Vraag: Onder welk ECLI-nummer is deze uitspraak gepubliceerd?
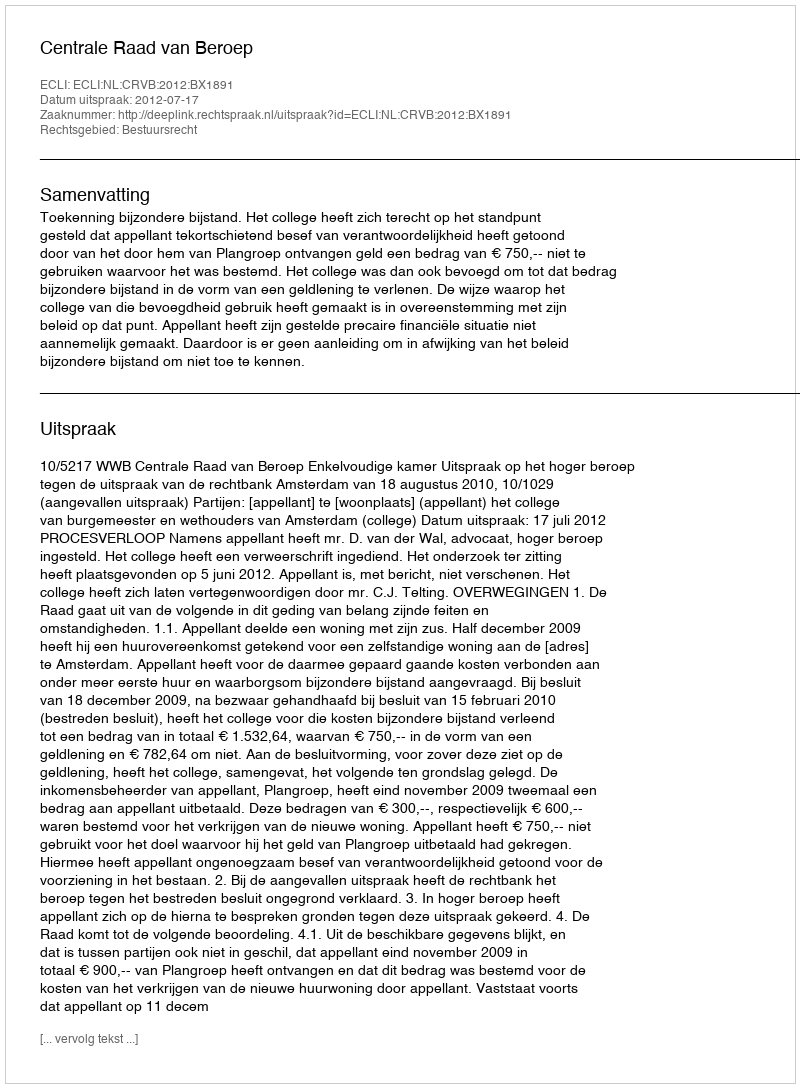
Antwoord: ECLI:NL:CRVB:2012:BX1891